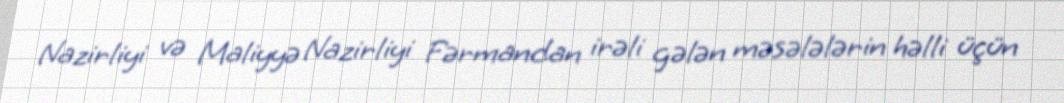
Nazirliyi və Maliyyə Nazirliyi Fərmandan irəli gələn məsələlərin həlli üçün